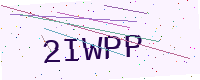
Text: 2IWPP